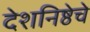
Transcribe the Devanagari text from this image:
देशनिष्ठेचे